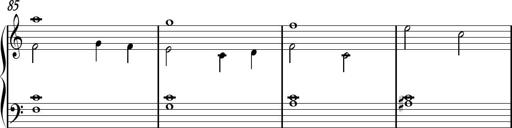
Title: Sonhatina
Composer: Davi Rocha
Key: C major